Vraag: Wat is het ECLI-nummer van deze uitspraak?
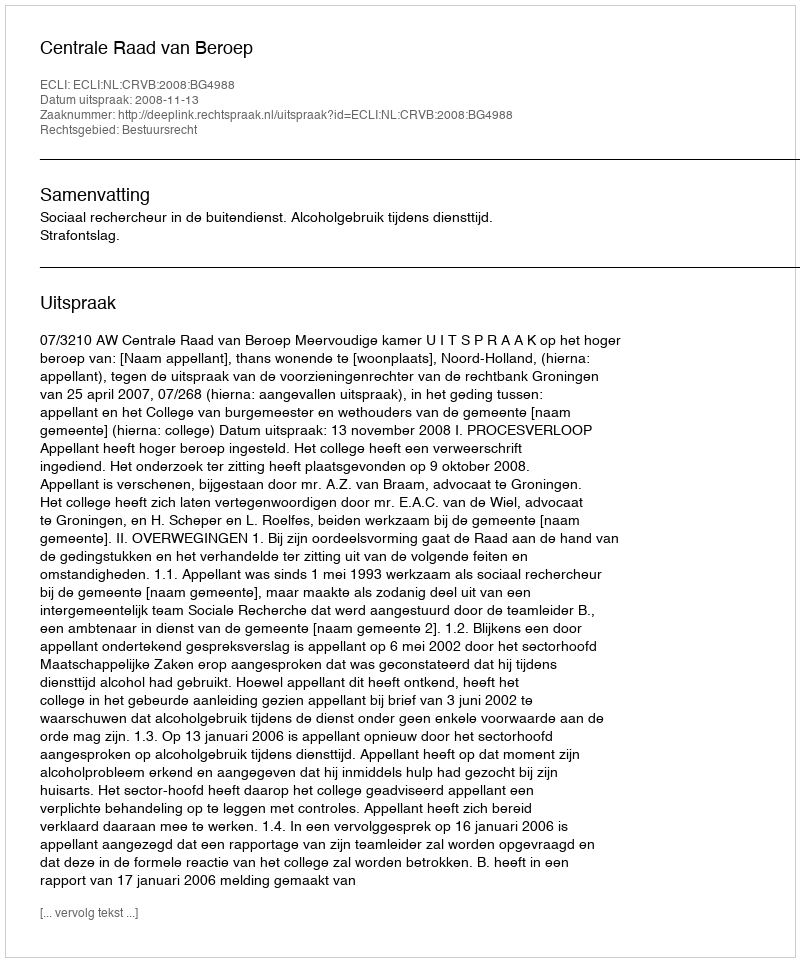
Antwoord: ECLI:NL:CRVB:2008:BG4988